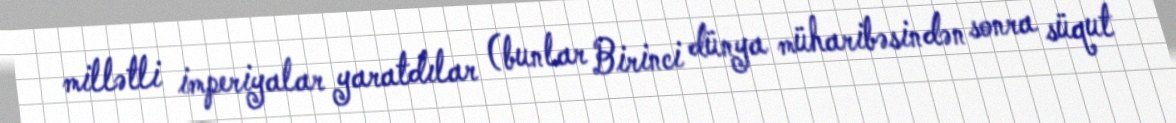
millətli imperiyalar yaratdılar (bunlar Birinci dünya müharibəsindən sonra süqut